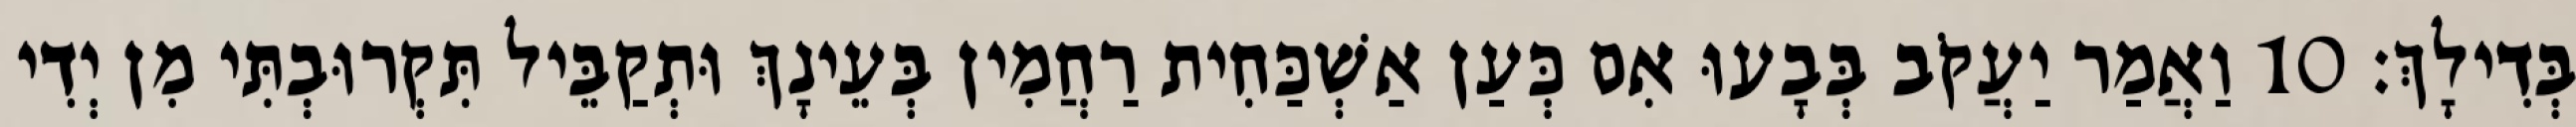
בְּדִילָךְ׃ 10 וַאֲמַר יַעֲקֹב בְּבָעוּ אִם כְּעַן אַשְׁכַּחִית רַחֲמִין בְּעֵינָךְ וּתְקַבֵּיל תִּקְרוּבְתִּי מִן יְדִי